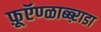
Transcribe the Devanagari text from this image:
फ़ूऍण्ळाब्ब्ऱाडा